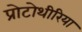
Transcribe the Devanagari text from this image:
प्रोटोथीरिया